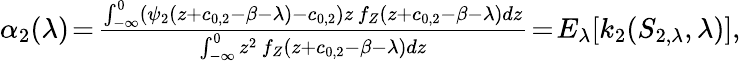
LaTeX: \begin{array}{r}{\alpha_{2}(\lambda)\! =\! \frac{\int_{-\infty}^{0}(\psi_{2}(z+c_{0,2}-\beta-\lambda)-c_{0,2})z\, f_{Z}(z+c_{0,2}-\beta-\lambda)dz}{\int_{-\infty}^{0}z^{2}\, f_{Z}(z+c_{0,2}-\beta-\lambda)dz}\! =\! E_{\lambda}[k_{2}(S_{2,\lambda},\lambda)],}\end{array}